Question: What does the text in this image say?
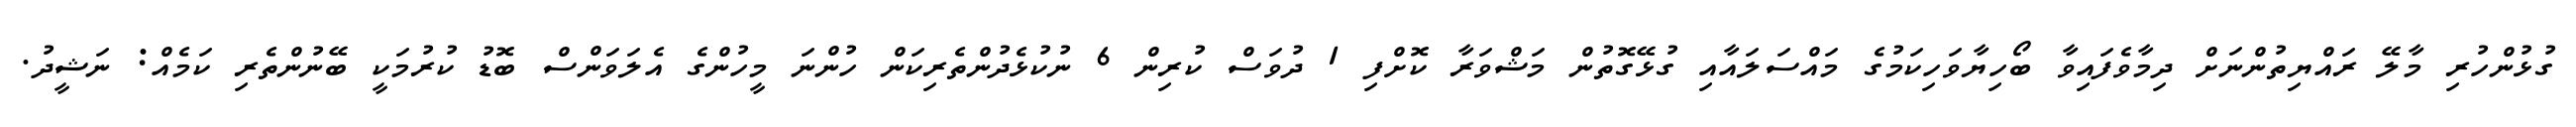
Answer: ގުޅުންހުރި މާލޭ ރައްޔިތުންނަށް ދިމާވެފައިވާ ބޯހިޔާވަހިކަމުގެ މައްސަލައާއި ގުޅޭގޮތުން މަޝްވަރާ ކޮށްފި 1 ދުވަސް ކުރިން 6 ނުކުޅެދުންތެރިކަން ހުންނަ މީހުންގެ އެލަވަންސް ބޮޑު ކުރުމަކީ ބޭނުންތެރި ކަމެއް: ނަޝީދު.